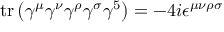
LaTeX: \operatorname { t r } \left( \gamma ^ { \mu } \gamma ^ { \nu } \gamma ^ { \rho } \gamma ^ { \sigma } \gamma ^ { 5 } \right) = - 4 i \epsilon ^ { \mu \nu \rho \sigma }